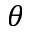
\theta